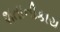
શતાનીકાય